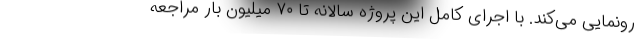
رونمایی می‌کند. با اجرای کامل این پروژه سالانه تا ۷۰ میلیون بار مراجعه